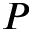
P